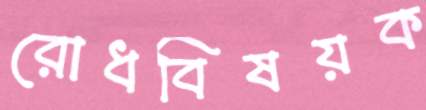
রোধবিষয়ক